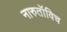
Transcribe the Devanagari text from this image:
नारुतॉविच